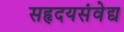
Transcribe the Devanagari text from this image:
सहृदयसंवेद्य